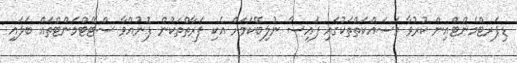
ޑިޕަރޓްމެންޓްއިން ކުރުވާ މަސައްކަތްތަކުގައި ފައިސާ ނުލިބޭކަމަށް އެކި ފަރާތްތަކުން ފޮނުއްވާ ސްޓޭޓްމަންޓްތައް ބަލައި